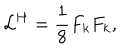
{ \cal L } ^ { H } = \frac { 1 } { 8 } F _ { k } F _ { k } ,